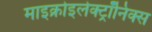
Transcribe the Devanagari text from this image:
माइक्रोइलेक्ट्रॉनिक्स